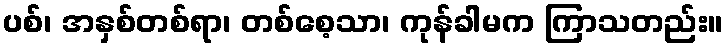
ပစ်၊ အနှစ်တစ်ရာ၊ တစ်စေ့သာ၊ ကုန်ခါမက ကြာသတည်း။